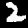
Label: 2